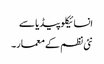
انسائیکلو پیڈیا سے
نئی نظم کے معمار۔